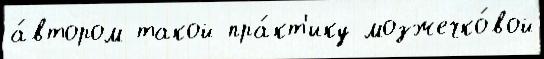
а́втором такой пра́кт'ику мозжечко́вой